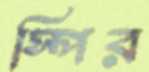
স্পির